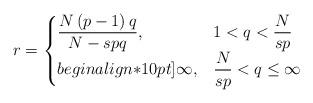
LaTeX: \begin{align*}r = \begin{cases}\dfrac{N\, (p - 1)\, q}{N - spq}, & 1 < q < \dfrac{N}{sp}\\begin{align*}10pt]\infty, & \dfrac{N}{sp} < q \le \infty\end{cases}\end{align*}